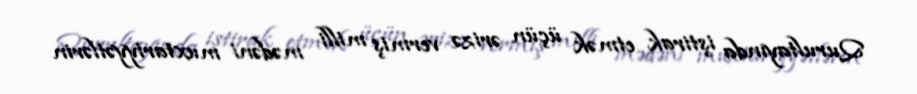
Qurultayında iştirak etmək üçün ərizə vermiş milli mədəni muxtariyyətlərin